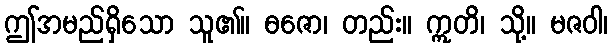
ဤအမည်ရှိသော သူ၏။ ဓဇော၊ တည်း။ ဣတိ၊ သို့။ မဇဝါ၊